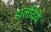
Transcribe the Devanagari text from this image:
डालदिये